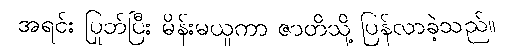
အရင်း ပြုတ်ပြီး မိန်းမယူကာ ဇာတိသို့ ပြန်လာခဲ့သည်။